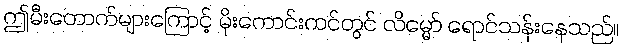
ဤမီးတောက်များကြောင့် မိုးကောင်းကင်တွင် လိမ္မော် ရောင်သန်းနေသည်။